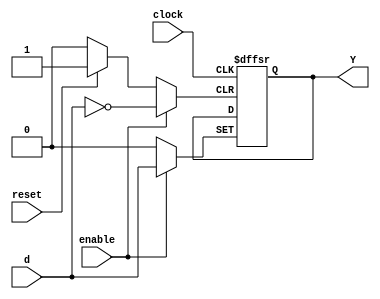
/* Margareth Vela
Carn: 19458

Flip Flop tipo D de 1 bit */

module FF_D(input wire clock, reset, enable, d, output reg Y);
  always @ (posedge clock, posedge reset, posedge enable) begin
    if(reset) begin
      Y <= 1'b0;
    end
    else if (enable) begin
      Y <= d;
    end
  end
endmodule

//Ejercicio 2 - Flip Flop tipo T de 1 bit

module FF_T(input wire clock, reset, enable, output wire Y);
  wire d;
  assign d = ~Y;
  FF_D G1(clock, reset, enable, d, Y);

endmodule